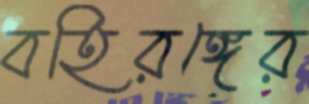
বহিরঙ্গের